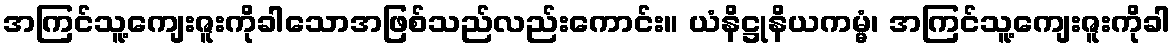
အကြင်သူ့ကျေးဇူးကိုခါသောအဖြစ်သည်လည်းကောင်း။ ယံနိဋ္ဌုနိယကမ္မံ၊ အကြင်သူ့ကျေးဇူးကိုခါ